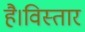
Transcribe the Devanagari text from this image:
है।विस्तार